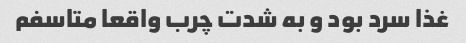
غذا سرد بود و به شدت چرب واقعا متاسفم